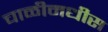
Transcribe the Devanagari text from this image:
चाळीमधीस